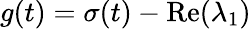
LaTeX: g(t)=\sigma(t)-\operatorname{Re}(\lambda_{1})